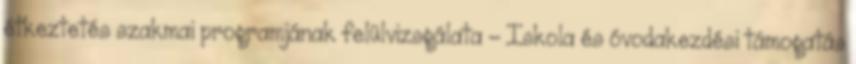
étkeztetés szakmai programjának felülvizsgálata - Iskola és óvodakezdési támogatás